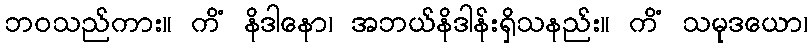
ဘဝသည်ကား။ ကိံ နိဒါနော၊ အဘယ်နိဒါန်းရှိသနည်း။ ကိံ သမုဒယော၊